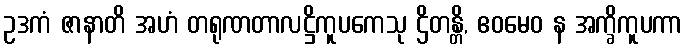
ဥဒကံ ဇာနာတိ အဟံ တရုဏတာလဋ္ဌိကူပကေသု ဌိတန္တိ, ဧဝမေဝ န အက္ခိကူပကာ